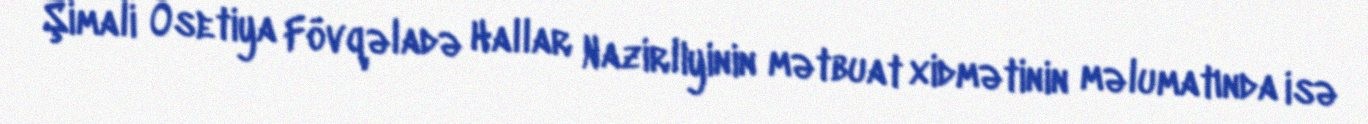
Şimali Osetiya Fövqəladə Hallar Nazirliyinin mətbuat xidmətinin məlumatında isə